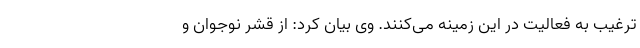
ترغیب به فعالیت در این زمینه می‌کنند. وی بیان کرد: از قشر نوجوان و